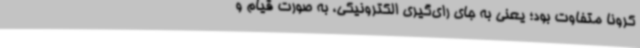
کرونا متفاوت بود؛ یعنی به جای رای‌گیری الکترونیکی، به صورت قیام و